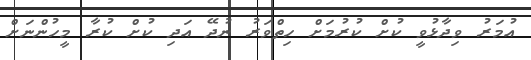
އުމަރު ވިދާޅުވީ ކުށް ކުރުމަށް ހިތްވަރު ނުދޭ އަދި ކުށް ކުރާ މީހުންނަށް